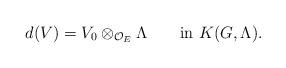
LaTeX: \begin{align*}d(V)=V_0\otimes_{\mathcal O_E}\Lambda \qquad{\rm in}~K(G,\Lambda).\end{align*}